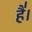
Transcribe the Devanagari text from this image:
है॑।